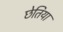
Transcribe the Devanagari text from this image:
छेतिया